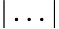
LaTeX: |\dots|